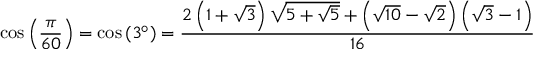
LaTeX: \cos \left( { \frac { \pi } { 6 0 } } \right) = \cos \left( 3 ^ { \circ } \right) = { \frac { 2 \left( 1 + { \sqrt { 3 } } \right) { \sqrt { 5 + { \sqrt { 5 } } } } + \left( { \sqrt { 1 0 } } - { \sqrt { 2 } } \right) \left( { \sqrt { 3 } } - 1 \right) } { 1 6 } }